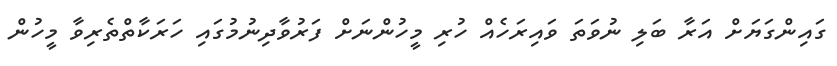
ގައިންގަޔަށް އަރާ ބަލި ނުވަތަ ވައިރަހެއް ހުރި މީހުންނަށް ފަރުވާދިނުމުގައި ހަރަކާތްތެރިވާ މީހުން